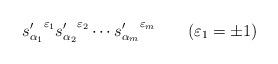
LaTeX: \begin{align*}{s'_{\alpha_1}}^{\varepsilon_1}{s'_{\alpha_2}}^{\varepsilon_2}\cdots{s'_{\alpha_m}}^{\varepsilon_m}\qquad(\varepsilon_1=\pm 1)\end{align*}